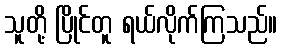
သူတို့ ပြိုင်တူ ရယ်လိုက်ကြသည်။